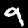
Label: 9